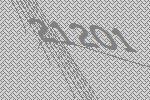
21201